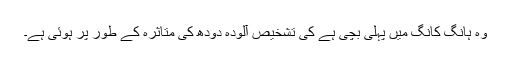
وہ ہانگ کانگ میں پہلی بچی ہے کی تشخیص آلودہ دودھ کی متاثرہ کے طور پر ہوئی ہے۔